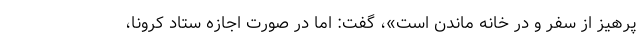
پرهیز از سفر و در خانه ماندن است»، گفت: اما در صورت اجازه ستاد کرونا،